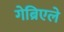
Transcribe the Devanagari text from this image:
गेब्रिएले